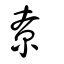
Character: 尞